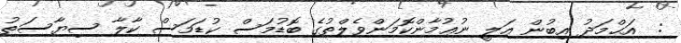
:  އަޙްމަދު އިބުން ޢަލީ ނުޢުމާންކޮމަންވެލްތުގެ ބޮޑުމަސް ކުޑަމަސް ކާލާ ސިޔާސަތު